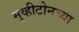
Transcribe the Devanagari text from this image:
मुव्हीटोनच्या